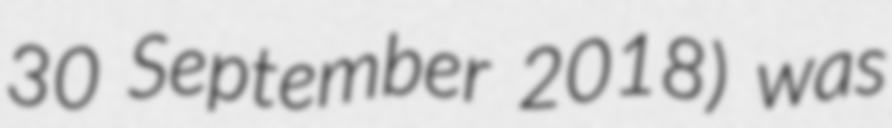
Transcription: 30 September 2018) was